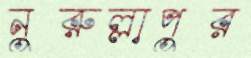
নুরুল্লাপুর